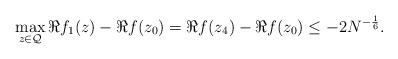
LaTeX: \begin{align*} \max_{z \in \mathcal{Q}} \Re{f_{1}(z)} - \Re{f(z_{0})} = \Re{f(z_{4})} - \Re{f(z_{0})} \leq -2N^{-\frac{1}{6}}. \end{align*}